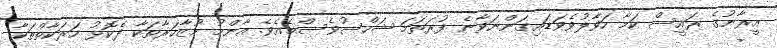
އީރާނުގެ ރައީސް ކަމާ ހަވާލުވެވަޑައިގަންނަވާނެ ފުރަތަމަ ޝަހްސުވެސްމެއެވެ. އާންމު މުޒާހަރާތަކާ ދެކޮޅު ހަރަކާތްތަކާ